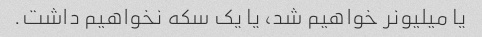
یا میلیونر خواهیم شد، یا یک سکه نخواهیم داشت.